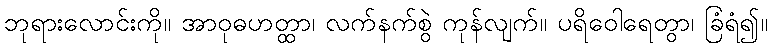
ဘုရားလောင်းကို။ အာဝုဓဟတ္ထာ၊ လက်နက်စွဲ ကုန်လျက်။ ပရိဝေါရေတွာ၊ ခြံရံ၍။